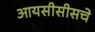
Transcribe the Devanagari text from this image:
आयसीसीसचे